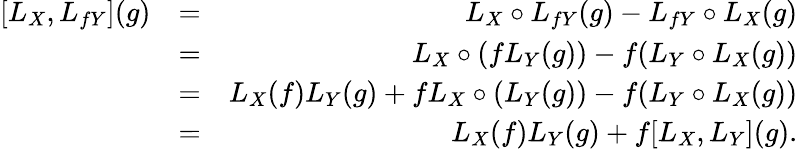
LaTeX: \begin{array}{rlr}{[L_{X},L_{fY}](g)}&{=}&{L_{X}\circ L_{fY}(g)-L_{fY}\circ L_{X}(g)}\\ &{=}&{L_{X}\circ(fL_{Y}(g))-f(L_{Y}\circ L_{X}(g))}\\ &{=}&{L_{X}(f)L_{Y}(g)+fL_{X}\circ(L_{Y}(g))-f(L_{Y}\circ L_{X}(g))}\\ &{=}&{L_{X}(f)L_{Y}(g)+f[L_{X},L_{Y}](g).}\end{array}